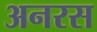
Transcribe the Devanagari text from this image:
अनरस